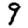
Digit: 9